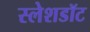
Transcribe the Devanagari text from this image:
स्लेशडॉट